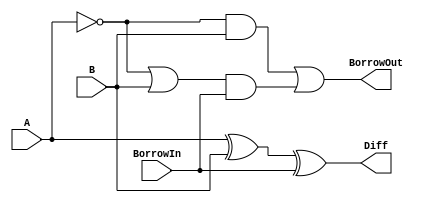
module FullSubtractor(
    input A,
    input B,
    input BorrowIn,
    output Diff,
    output BorrowOut
);

assign Diff = (A ^ B) ^ BorrowIn;
assign BorrowOut = (~A & B) | ((~A | B) & BorrowIn);

endmodule